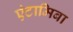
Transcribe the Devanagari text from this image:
एंटामिबा